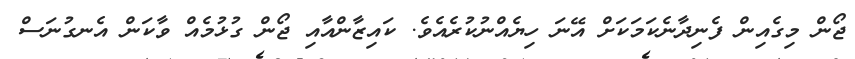
ޖޯން މިގެއިން ފެނިދާނެކަމަކަށް އޭނަ ހިޔެއްނުކުރެއެވެ. ކައިޒާންއާއި ޖޯން ގުޅުމެއް ވާކަން އެނގުނަސް